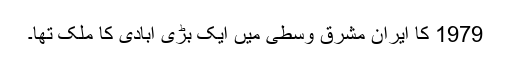
1979 کا ایران مشرقِ وسطیٰ میں ایک بڑی آبادی کا ملک تھا۔